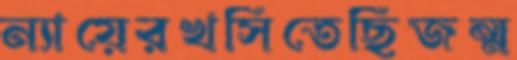
ন্যায়েরখসিতেছিজন্ম